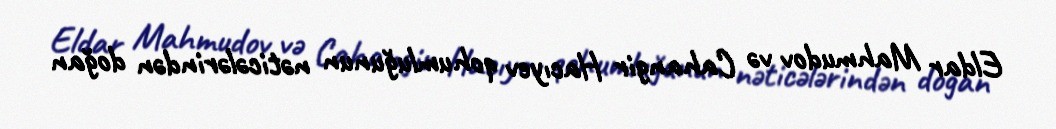
Eldar Mahmudov və Cahangir Hacıyev qohumluğunun nəticələrindən doğan